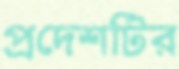
প্রদেশটির